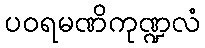
ပဝရမဏိကုဏ္ဍလံ